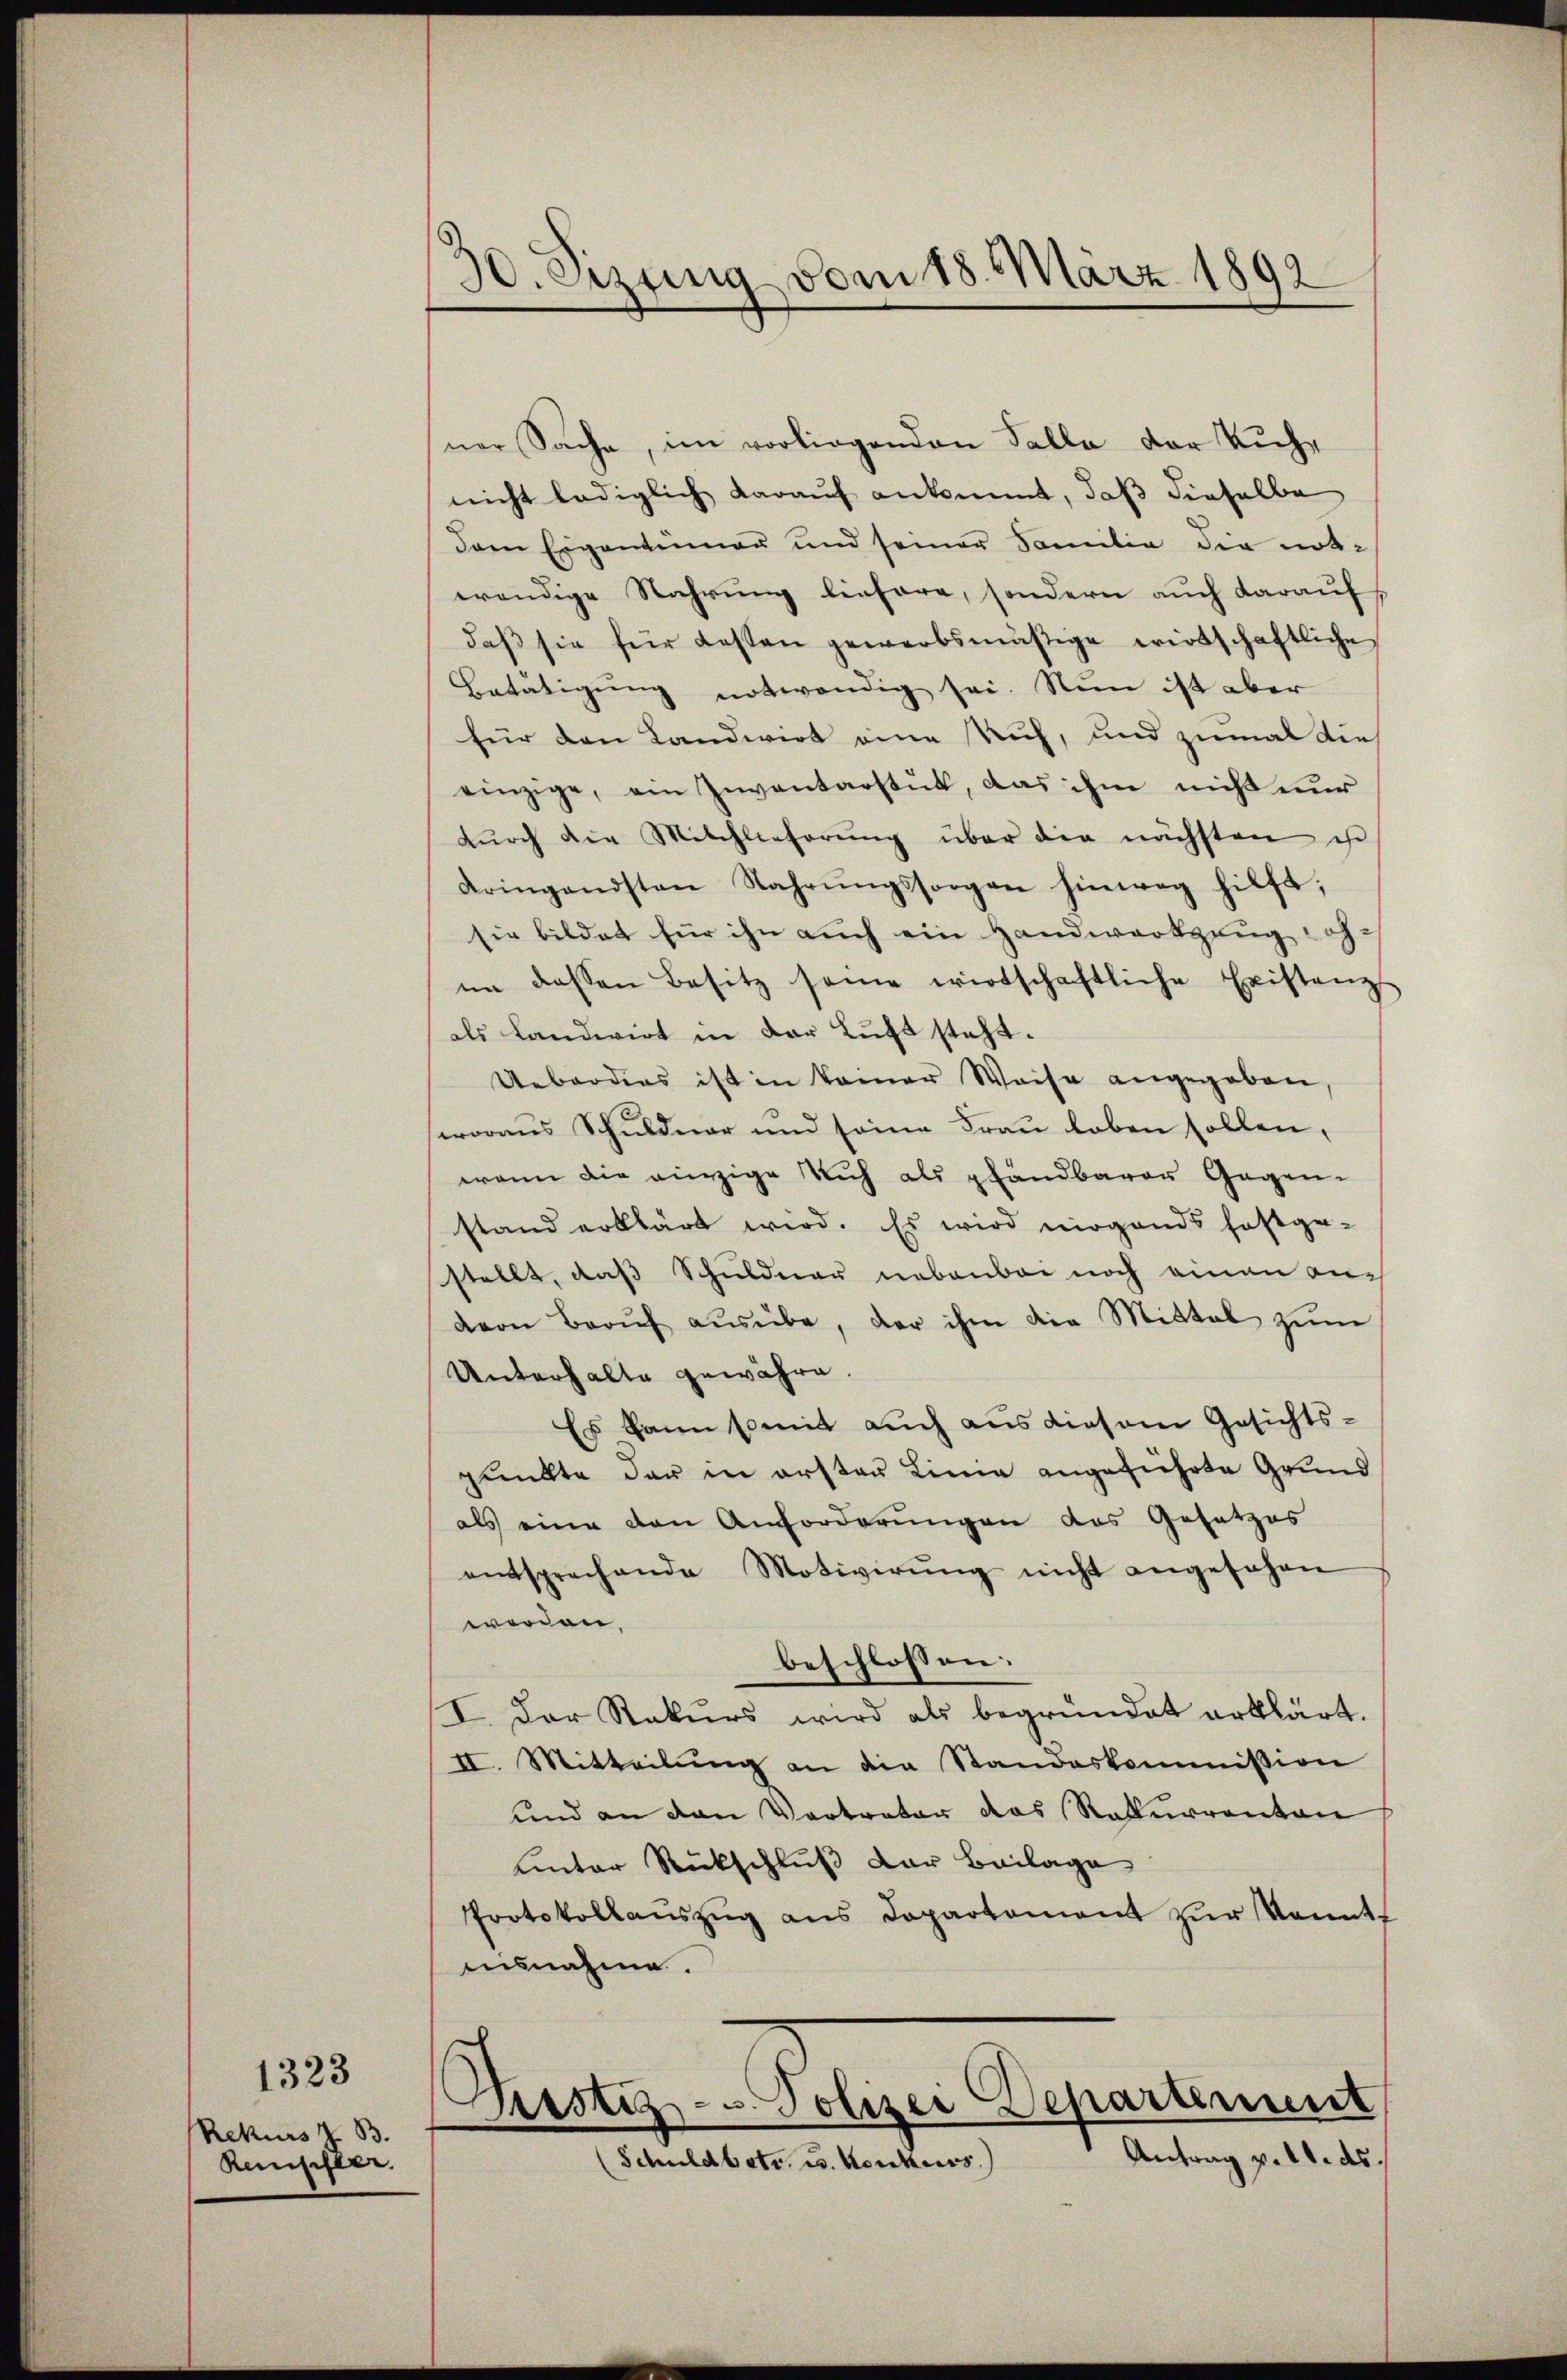
Rekurs z. B.
Remschler.

1323

30. Sizung vom 18. März 1892

ner Sache, im vorliegenden Falle der Richnicht lediglich darauf ankommt, daß dieselbe
dem Eigentümer und seiner Familie die not-
wendige Nahrung liefere, sondern auch daraufdaβ sie für Kassen gewerbsmäßige wirtschaftliche
Betätigung notwendig sei. Nun ist aber
für den Landwirt eine Rich, und zumal die
einzige, ein Inventarstut, das ihm nicht nur
dŭrch die Milchlieferŭng über die nächsten ist
dringendsten Nahrŭngssorgen hinweg hilft,
sie bildet für ihn auch ein Handwerkzeug ich-
im dessen Besitz seine wirtschaftliche Existanzs
als Landwirt in der Luft steht.
Ueberdies ist in keiner Weise angegeben
woraus Schuldner und seine Frau loben sollen,
wenn die einzige ich als pfandbarer Gegen-
stand erklärt wird. Es wird nirgends festge-
stellt, daß Schuldner nebenbei noch einen anvvon Berŭf aŭsübe, der ihm die Mittel zŭm
Unterhalte gewähre.
Es kann somit auch aus diesem Gesichts-
punkte der in erster Linie angeführte Grund
als eine den Anforderŭngen das Gesetzes
entsprechende Motivirŭng nicht angesehen
werden,
beschlossen:
I. Der Rekurs wird als begründet erklärt.
II. Mitteilŭng an die Standeskommission
und an den Vortreter das Rekurrenten
unter Rückschluß der Beilage
Protokollanszŭg ans Departement zŭr kannt
nisnahme.
Piustiz- u. Polizei Departement
Antrag v. 21. ds.
Schuldbetr. u. Konkurs.)